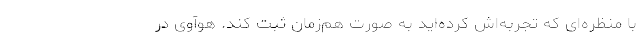
با منظره‌ای که تجربه‌اش کرده‌اید به صورت هم‌زمان ثبت ‌کند. هوآوی در